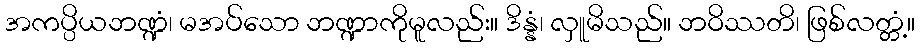
အကပ္ပိယဘဏ္ဍံ၊ မအပ်သော ဘဏ္ဍာကိုမူလည်း။ ဒိန္နံ၊ လှူမိသည်။ ဘဝိဿတိ၊ ဖြစ်လတ္တံ့။